Report on horse surra - Volume I
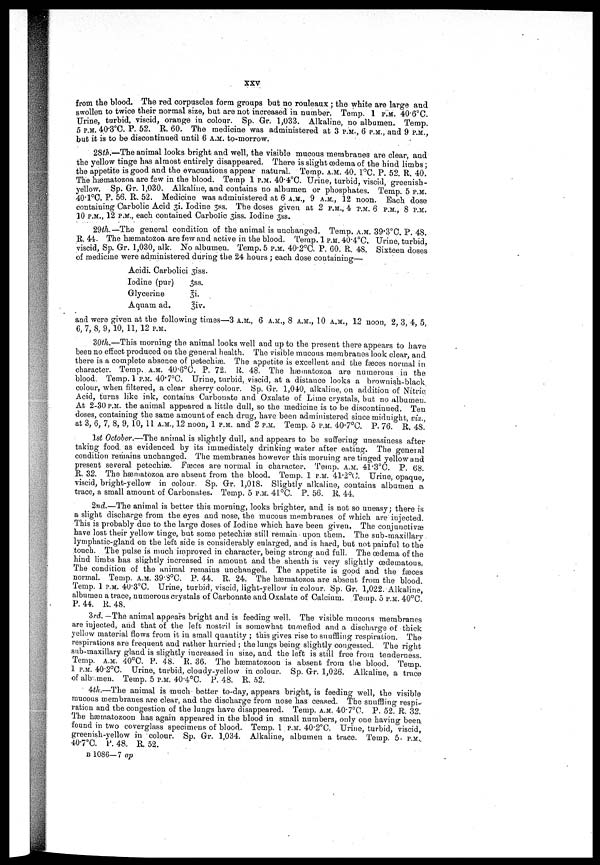
XXV
from the blood. The red corpuscles form groups but no rouleaux; the white are large and
swollen to twice their normal size, bub are not increased in number. Temp. 1 P.M. 40.6°C.
Urine, turbid, viscid, orange in colour. Sp. Gr. 1,033. Alkaline, no albumen. Temp.
5 P.M. 40.3°C. P. 52. R. 60. The medicine was administered at 3 P.M., 6 P.M., and 9 P.M.,
but it is to be discontinued until 6 A.M. to-morrow.
28th.—The animal looks bright and well, the visible mucous membranes are clear, and
the yellow tinge has almost entirely disappeared. There is slight œdema of the hind limbs ;
the appetite is good and the evacuations appear natural. Temp. A.M. 40. 1°C. P. 52. R. 40.
The hæmatozoa are few in the blood. Temp 1 P.M. 40.4°C. Urine, turbid, viscid, greenish-
yellow. Sp. Gr. 1,030. Alkaline, and contains no albumen or phosphates. Temp. 5 P.M.
40.1°C. P. 56. R. 52. Medicine was administered at 6 A.M., 9 A.M., 12 noon. Bach dose
containing Carbolic Acid 31. Iodine 3ss. The doses given ab 2 P.M., 4 P.M. 6 P.M., 8 P.M.
10 P.M., 12 P.M., each contained Carbolic 3iss. Iodine 3ss.
29th.—The general condition of the animal is unchanged. Temp. A.M. 39.3°C. P. 48.
R. 44. The hæmatozoa are few and active in the blood. Temp. 1 P.M. 40.4°C. Urine, turbid,
viscid, Sp. Gr. 1,030, alk. No albumen. Temp. 5 P.M. 40.2°C. P. 60. R. 48. Sixteen doses
of medicine were administered during the 24 hours ; each dose conbaining—
Acidi. Carbolici 3iss.
Iodine (pur)
3ss.
Glycerine
3i.
Aquam ad.
3iv.
and were given at the following times—3 A.M., 6 A.M., 8 A.M., 10 A.M., 12 noon, 2, 3, 4, 5,
6, 7, 8, 9, 10, 11, 12 P.M.
30th.—This morning the animal looks well and up to the present there appears to have
been no effect produced on the general health. The visible mucous membranes look clear, and
there is a complete absence of petechiæ. The appetite is excellent and the fa3ces normal in
character. Temp. A.M. 40.6°C. P. 72. 1. 1. 48. The hæmatozoa are numerous in the
blood. Temp. 1 P.M. 40.7°C. Urine, turbid, viscid, at a distance looks a brownish-black
colour, when filtered, a clear sherry colour. Sp. Gr. 1,040, alkaline, on additiou of Nitric.
Acid, turns like ink, contains Carbonate and Oxalate of Lime crystals, but no albumen.
At 2-30 P.M. the animal appeared a little dull, so the medicine is to be discontinued. Ten
doses, containing the same amount of each drug, have been administered since midnight, viz.,
at 3, 6, 7, 8, 9, 10, 11 A.M., 12 noon, 1 P.M. and 2 P.M. Temp. 5 P.M. 40.7°C. P. 76. R. 48.
1st October.—The animal is slightly dull, and appears to be suffering uneasiness after
taking food, as evidenced by its immediately drinking water after eating. The general
condition remains unchanged. The membranes however this morning are tinged yellow and
present several petechiæ. Fæces are normal in character. Temp. A.M. 41.3°C. P. 68.
R. 32. The hæmatozoa are absent from the blood. Temp. 1 P.M. 41.2°C Urine, opaque,
viscid, bright-yellow in colour. Sp. Gr. 1,018. Slightly alkaline, contains albumen a
trace, a small amount of Carbonates. Temp. 5 P.M. 4l°C. P. 56. R. 44.
2nd.—The animal is better this morning, looks brighter, and is not so uneasy; there is
a slight discharge from the eyes and nose, the mucous membranes of which are injected.
This is probably due to the large doses of Iodine which have been given. The conjunctivæ
have lost their yellow tinge, but some petechias still remain upon them. The sub-maxillary,
lymphatic-gland on the left side is considerably enlarged, and is hard, but not painful to the
touch. The pulse is much improved in character, being strong and full. The oedema of the
hind limbs has slightly increased in amount and the sheath is very slightly œclematous,
The condition of the animal remains unchanged. The appetite is good and the fæces
normal. Temp. A.M. 39.8°C. P. 44. R. 24. The hæmatozoa are absent from the blood.
Temp. 1 P.M. 40.3°C. Urine, turbid, viscid, light-yellow in colour. Sp. Gr. 1,022. Alkaline,
albumen a trace, numerous crystals of Carbonate and Oxalate of Calcium. Temp. 5 P.M. 40°C.
P. 44. R. 48.
3rd. —The animal appears bright and is feeding well. The visible mucous membranes
are injected, and that of the left nostril is somewhat tumefied and a discharge of thick
yellow material flows from it in small quantity ; this gives rise to snuffling respiration. The
respirations are frequent and rather hurried ; the lungs being slightly congested. The right
sub-maxillary gland is slightly increased in size, and the left is still free from tenderness.
Temp. A.M. 40°C. P. 48. R. 36. The hæmatozoon is absent from the blood. Temp.
1 P.M. 40.2°C. Urine, turbid, cloudy-yellow in colour. Sp. Gr. 1,026. Alkaline, a trace
of alb-men. Temp. 5 P.M. 40.4°C. P. 48. R. 52.
4-th..—The animal is much better to-day, appears bright, is feeding well, the visible
mucous membranes are clear, and the discharge from nose has ceased. The snuffling respi-
ration and the congestion of the lungs have disappeared. Temp. A.M. 40.7°C. P. 52. R. 32.
The hæmatozoon has again appeared in the blood in small numbers, only one having been,
found in two coverglass specimens of blood. Temp. 1 P.M. 40.2°C. Urine, turbid, viscid,
greenish-yellow in colour. Sp. Gr. 1,034. Alkaline, albumen a trace. Temp. 5. P.M.
40.7°C. P. 48. R. 52.
B 1086—7 ap